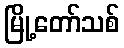
မြို့တော်သစ်